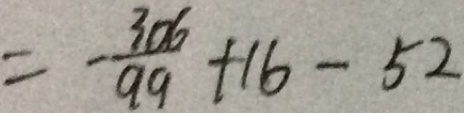
= - \frac { 3 0 6 } { 9 9 } + 1 6 - 5 2